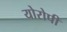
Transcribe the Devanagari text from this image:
योरोपी